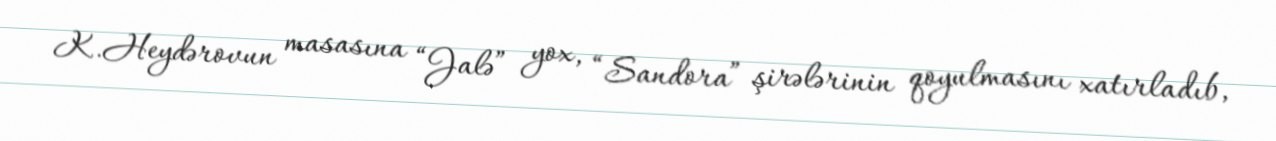
K.Heydərovun masasına “Jalə” yox, “Sandora” şirələrinin qoyulmasını xatırladıb,